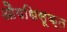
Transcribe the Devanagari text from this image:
औषधिसूक्त